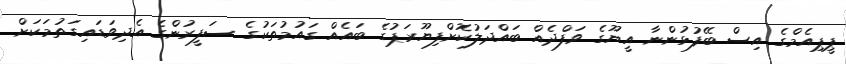
ޕީޕިއެމްގެ އިސް ބޭފުޅުންނާ އީޔޫގެ ވަފްދެއް ބައްދަލުކޮށްފިޔޫރަޕުގެ ބައެއް ގައުމުތަކުގެ ސަފީރުންގެ އެދިވަޑައިގަތުމަކަށް